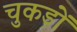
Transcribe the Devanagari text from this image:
चुकड़ों